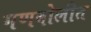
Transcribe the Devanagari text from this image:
गणबोलीत